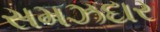
સમઝદાર